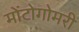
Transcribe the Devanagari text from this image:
मोंटोगोमरी